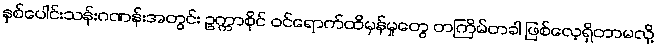
နှစ်ပေါင်းသန်းဂဏန်းအတွင်း ဥက္ကာစိုင် ဝင်ရောက်ထိမှန်မှုတွေ တကြိမ်တခါ ဖြစ်လေ့ရှိတာမလို့